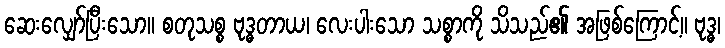
ဆေးလျှော်ပြီးသော။ စတုသစ္စ ဗုဒ္ဓတာယ၊ လေးပါးသော သစ္စာကို သိသည်၏ အဖြစ်ကြောင့်။ ဗုဒ္ဓ၊